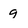
Character: 9